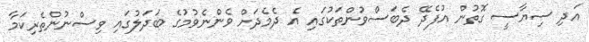
އަދި ސިޔާސީ ގޮތުން އުފެދޭ ދެބަސްވުންތަކުގައި އެ ދެމެދަށް ވެންނެވުމުގެ ބަދަލުގައި ވިސްނުންތެރިކަމާ